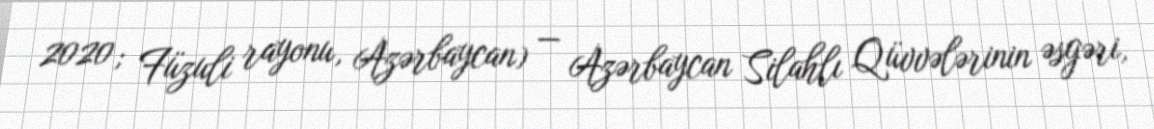
2020; Füzuli rayonu, Azərbaycan) — Azərbaycan Silahlı Qüvvələrinin əsgəri,